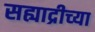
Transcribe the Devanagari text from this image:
सह्याद्रीच्‍या